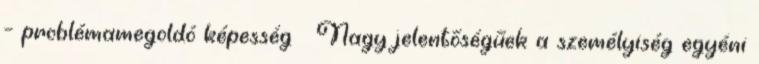
– problémamegoldó képesség  Nagy jelentőségűek a személyiség egyéni